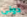
دونى